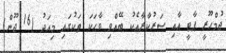
ޖުމްހޫރީ ޕާޓީ އާއި ސަރުކާރާއެކު ބޭއްވި ވާހަކަ ތަކުގައި މިއަދު (16 ޖޫން)